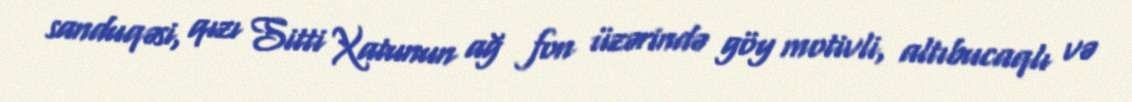
sanduqəsi, qızı Sitti Xatunun ağ fon üzərində göy motivli, altıbucaqlı və